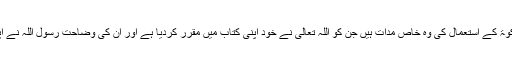
* خرچ کی مدات میں فرق: زکوٰۃ کے استعمال کی وہ خاص مدات ہیں جن کو اللہ تعالیٰ نے خود اپنی کتاب میں مقرر کردیا ہے اور ان کی وضاحت رسولؐ اللہ نے اپنے قول اور فعل سے کی ہے۔